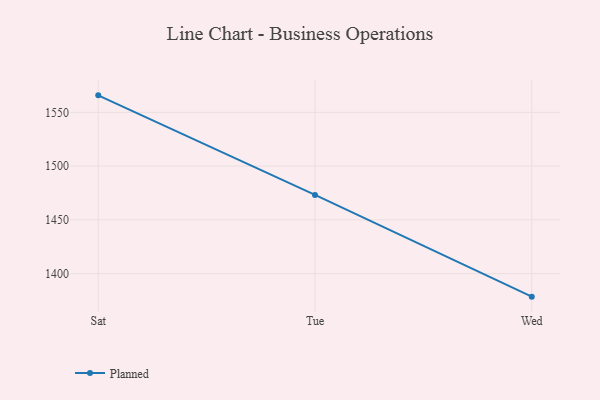
{"axis": {"x": "Day", "y": "Temperature (°C)"}, "legend": ["Planned"], "data": [{"x": "Sat", "y": 1565.8, "type": "Planned"}, {"x": "Tue", "y": 1473.2, "type": "Planned"}, {"x": "Wed", "y": 1378.6, "type": "Planned"}]}